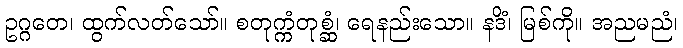
ဥဂ္ဂတေ၊ ထွက်လတ်သော်။ စတုက္ကံတုစ္ဆံ၊ ရေနည်းသော။ နဒိံ၊ မြစ်ကို။ အညမညံ၊